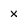
Character: x